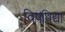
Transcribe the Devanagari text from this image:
विषविद्या